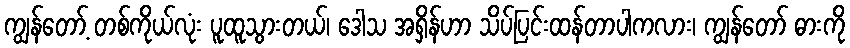
ကျွန်တော့် တစ်ကိုယ်လုံး ပူထူသွားတယ်၊ ဒေါသ အရှိန်ဟာ သိပ်ပြင်းထန်တာပါကလား၊ ကျွန်တော် ဓားကို